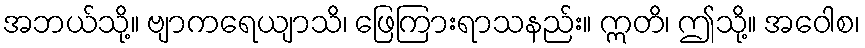
အဘယ်သို့။ ဗျာကရေယျာသိ၊ ဖြေကြားရာသနည်း။ ဣတိ၊ ဤသို့။ အဝေါစ၊